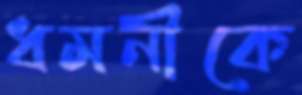
ধমনীকে